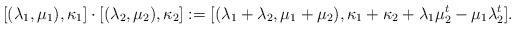
LaTeX: \begin{align*} [(\lambda_1,\mu_1),\kappa_1] \cdot [(\lambda_2,\mu_2),\kappa_2]:=[(\lambda_1+\lambda_2, \mu_1+\mu_2), \kappa_1+\kappa_2+\lambda_1\mu_2^t-\mu_1\lambda_2^t].\end{align*}